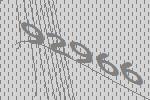
92966